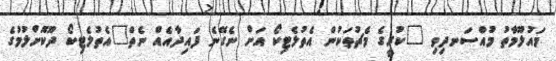
މައުލޫމާތު މުއްސަނދިވި "ކުރީގެ މެޗުތަކުން އެތުލެޓިކޯ އަށް ނެގޭނެ ފައިދާއެއް ނެތް"އެތުލެޓިކޯ ދޫކޮށްލުމުގެ